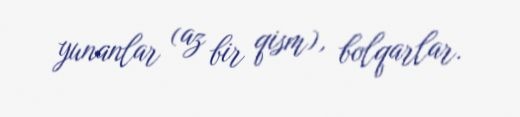
yunanlar (az bir qism), bolqarlar.